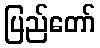
ပြည်တော်